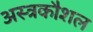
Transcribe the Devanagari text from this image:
अस्त्रकौशल